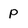
Character: P